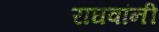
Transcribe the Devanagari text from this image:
राघवांनी